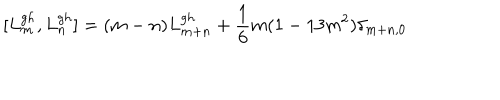
LaTeX: [ L _ { m } ^ { g h } , L _ { n } ^ { g h } ] = ( m - n ) L _ { m + n } ^ { g h } + \frac { 1 } { 6 } m ( 1 - 1 3 m ^ { 2 } ) \delta _ { m + n , 0 }